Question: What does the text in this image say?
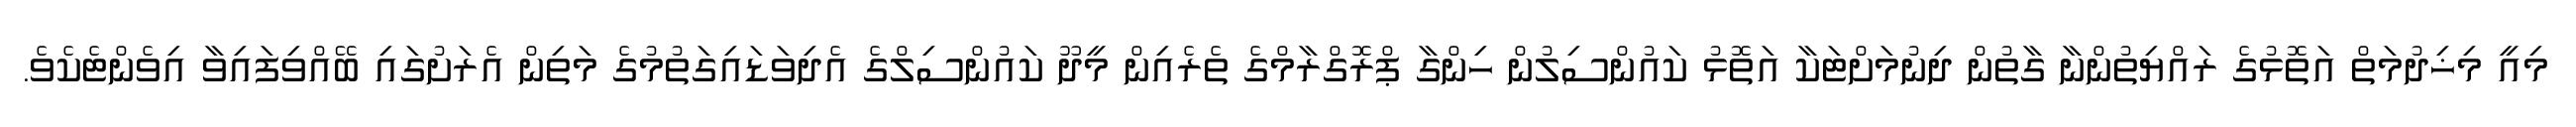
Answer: މިއީ މިޚިދުމަތް އަތޮޅުގެ ރައްޔިތުންނާ ގާތުން ދިނުމަށްޓަކާ އަތޮޅު ކައުންސިލުން ހިންގާ ޕްރޮގްރާމްގެ ތެރެއިން މީދޫ ކައުންސިލްގެ އެދިވަޑައިގަތުމުގެ މަތިން އެރަށުގައި ބޭއްވިފައިވާ އިވެންޓެކެވެ.